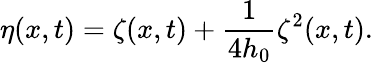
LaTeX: \eta(x,t)=\zeta(x,t)+\frac{1}{4h_{0}}\zeta^{2}(x,t).